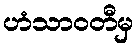
ဟံသာဝတီမှ